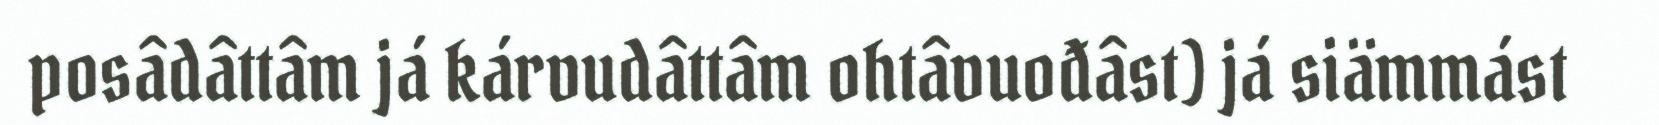
posâdâttâm já kárvudâttâm ohtâvuođâst) já siämmást